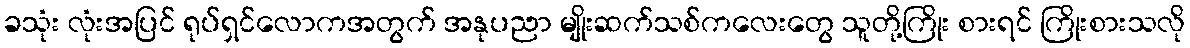
ခသုံး လုံးအပြင် ရုပ်ရှင်လောကအတွက် အနုပညာ မျိုးဆက်သစ်ကလေးတွေ သူတို့ကြိုး စားရင် ကြိုးစားသလို